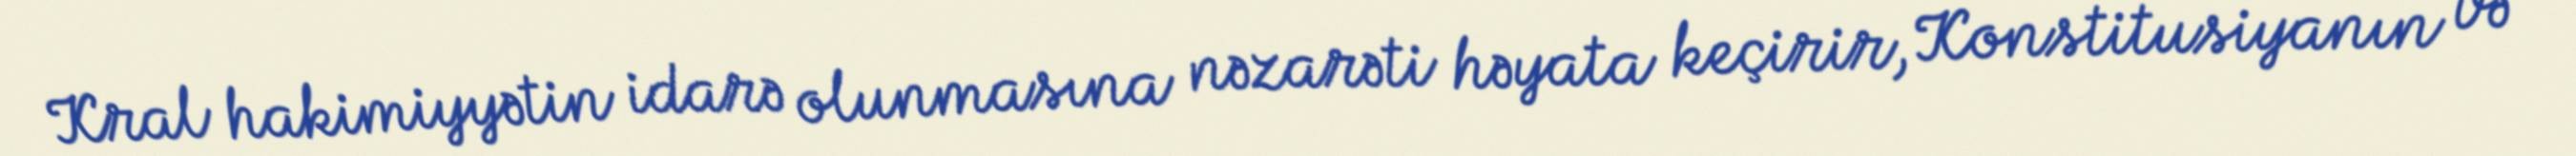
Kral hakimiyyətin idarə olunmasına nəzarəti həyata keçirir, Konstitusiyanın və